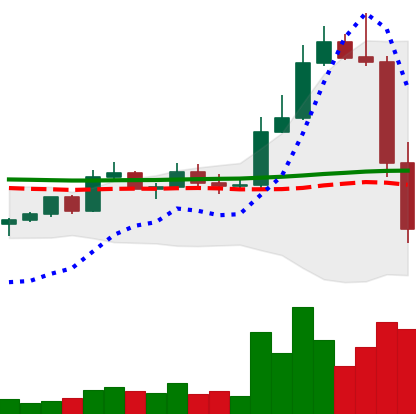
Ticker: LTC-USD
Chart end date: 2022-11-09
Forward return: 11.622%
Label: up_7plus